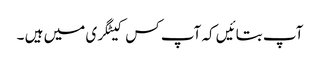
آپ بتائیں کہ آپ کس کیٹگری میں ہیں ۔